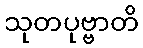
သုတပုဗ္ဗာတိ